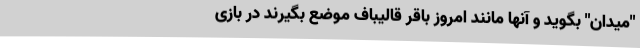
"میدان" بگوید و آنها مانند امروز باقر قالیباف موضع بگیرند در بازی